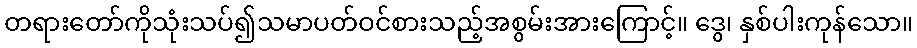
တရားတော်ကိုသုံးသပ်၍သမာပတ်ဝင်စားသည့်အစွမ်းအားကြောင့်။ ဒွေ၊ နှစ်ပါးကုန်သော။